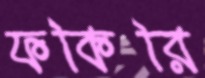
ফকিরি